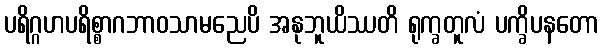
ပရိဂ္ဂဟပရိစ္စာဂဘာဝသာမညေပိ အနုဘူယိဿတိ ရုက္ခတူလံ ပက္ခိပနတော